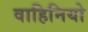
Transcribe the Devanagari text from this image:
वाहिनियो